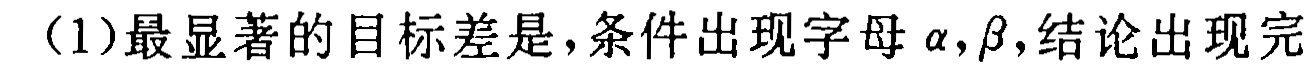
(1)最显著的目标差是,条件出现字母$\alpha,\beta$,结论出现完